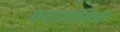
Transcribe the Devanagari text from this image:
पथानाम्थित्ता